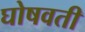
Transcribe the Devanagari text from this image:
घोषवती